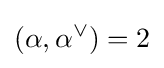
(\alpha ,\alpha ^{\vee })=2